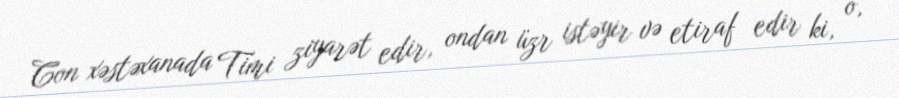
Con xəstəxanada Timi ziyarət edir, ondan üzr istəyir və etiraf edir ki, o,